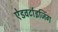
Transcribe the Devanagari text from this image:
ऐडवर्टाइजिंग